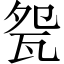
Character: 㼝